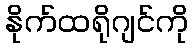
နိုက်ထရိုဂျင်ကို